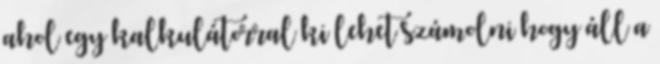
ahol egy kalkulátorral ki lehet számolni hogy áll a